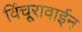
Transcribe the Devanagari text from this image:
विंचूरावाईन